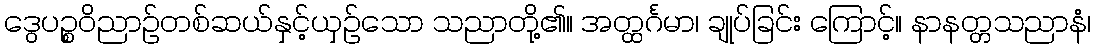
ဒွေပဉ္စဝိညာဉ်တစ်ဆယ်နှင့်ယှဉ်သော သညာတို့၏။ အတ္ထင်္ဂမာ၊ ချုပ်ခြင်း ကြောင့်။ နာနတ္တသညာနံ၊